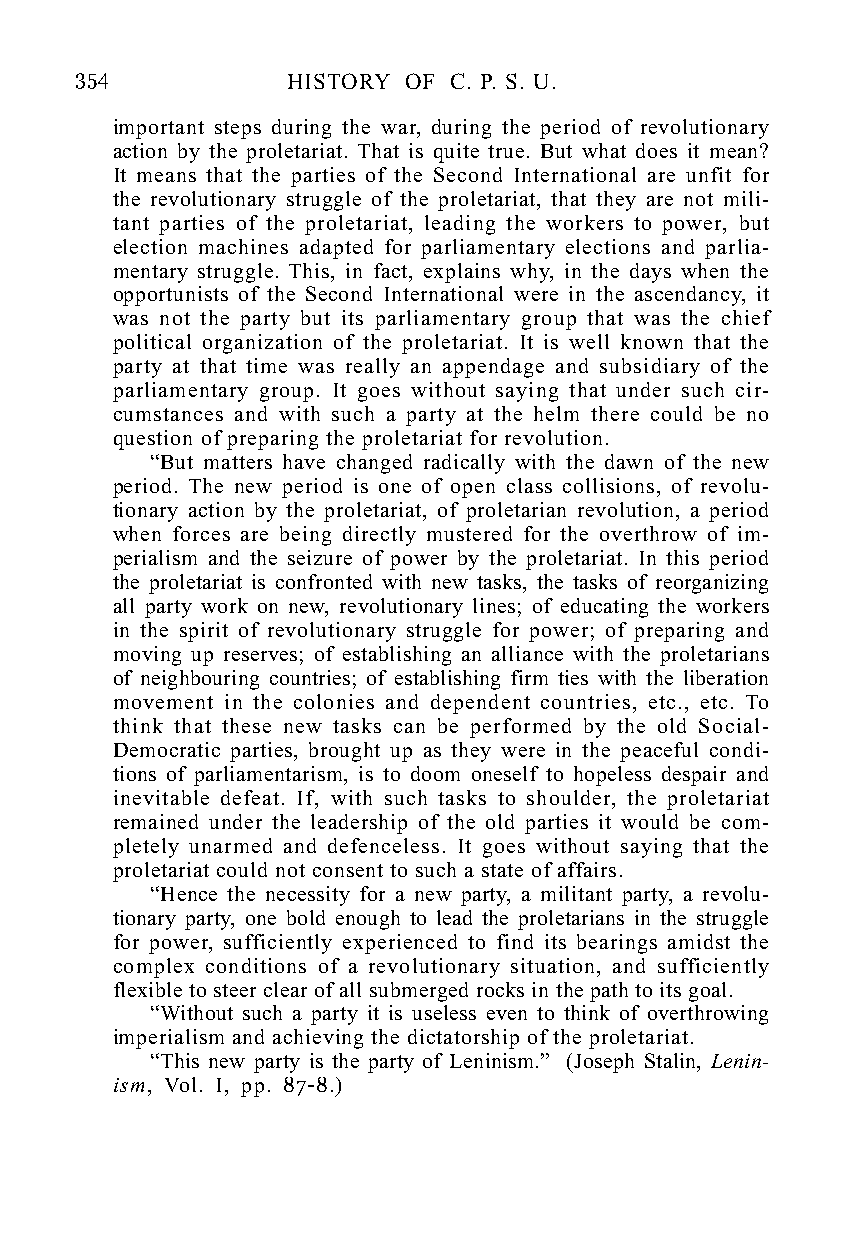
354           HISTORY OF C. P. S. U.
 important steps during the war, during the period of revolutionary
 action by the proletariat. That is quite true. But what does it mean?
 It means that the parties of the Second International are unfit for
 the revolutionary struggle of the proletariat, that they are not mili-
 tant parties of the proletariat, leading the workers to power, but
 election machines adapted for parliamentary elections and parlia-
 mentary struggle. This, in fact, explains why, in the days when the
 opportunists of the Second International were in the ascendancy, it
 was not the party but its parliamentary group that was the chief
 political organization of the proletariat. It is well known that the
 party at that time was really an appendage and subsidiary of the
 parliamentary group. It goes without saying that under such cir-
 cumstances and with such a party at the helm there could be no
 question of preparing the proletariat for revolution.
 “But matters have changed radically with the dawn of the new
 period. The new period is one of open class collisions, of revolu-
 tionary action by the proletariat, of proletarian revolution, a period
 when forces are being directly mustered for the overthrow of im-
 perialism and the seizure of power by the proletariat. In this period
 the proletariat is confronted with new tasks, the tasks of reorganizing
 all party work on new, revolutionary lines; of educating the workers
 in the spirit of revolutionary struggle for power; of preparing and
 moving up reserves; of establishing an alliance with the proletarians
 of neighbouring countries; of establishing firm ties with the liberation
 movement in the colonies and dependent countries, etc., etc. To
 think that these new tasks can be performed by the old Social-
 Democratic parties, brought up as they were in the peaceful condi-
 tions of parliamentarism, is to doom oneself to hopeless despair and
 inevitable defeat. If, with such tasks to shoulder, the proletariat
 remained under the leadership of the old parties it would be com-
 pletely unarmed and defenceless. It goes without saying that the
 proletariat could not consent to such a state of affairs.
 “Hence the necessity for a new party, a militant party, a revolu-
 tionary party, one bold enough to lead the proletarians in the struggle
 for power, sufficiently experienced to find its bearings amidst the
 complex conditions of a revolutionary situation, and sufficiently
 flexible to steer clear of all submerged rocks in the path to its goal.
 “Without such a party it is useless even to think of overthrowing
 imperialism and achieving the dictatorship of the proletariat.
 “This new party is the party of Leninism.” (Joseph Stalin, Lenin-
 ism, Vol. I, pp. 87-8.)